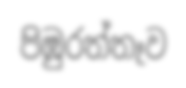
පිඹුරත්තෑව